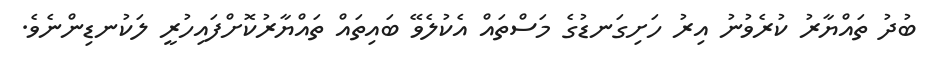
ބުދު ތައްޔާރު ކުރެވުނު އިރު ހަށިގަނޑުގެ މަސްތައް އެކުލެވޭ ބައިތައް ތައްޔާރުކޮށްފައިހުރީ ލަކުނޑިންނެވެ.